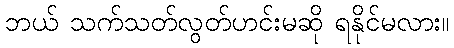
ဘယ် သက်သတ်လွတ်ဟင်းမဆို ရနိုင်မလား။